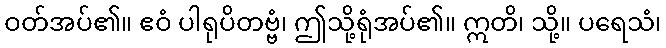
ဝတ်အပ်၏။ ဧဝံ ပါရုပိတဗ္ဗံ၊ ဤသို့ရုံအပ်၏။ ဣတိ၊ သို့။ ပရေသံ၊